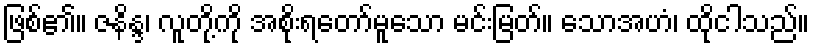
ဖြစ်၏။ ဇနိန္ဒ၊ လူတို့ကို အစိုးရတော်မူသော မင်းမြတ်။ သောအဟံ၊ ထိုငါသည်။